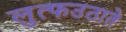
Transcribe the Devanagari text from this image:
लुत्फउठाते